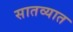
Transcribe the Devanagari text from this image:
सातव्यात